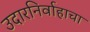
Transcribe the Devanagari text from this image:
उदारनिर्वाहाचा